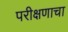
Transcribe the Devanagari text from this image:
परीक्षणाचा